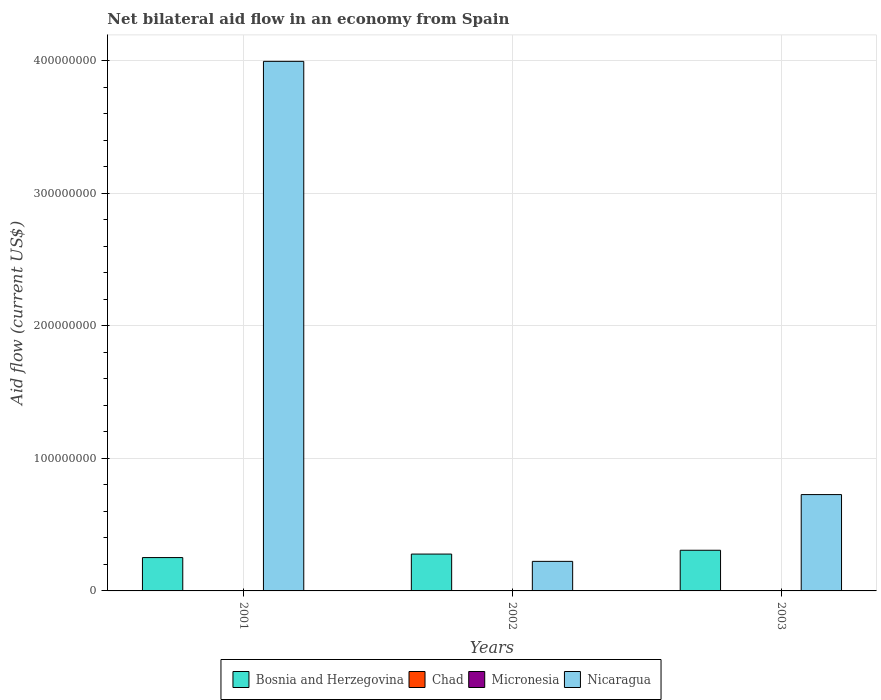
| Years | Bosnia and Herzegovina | Chad | Micronesia | Nicaragua |
 | --- | --- | --- | --- | --- |
 | 2001 | 2.52e+07 | 3e+04 | 4e+04 | 3.99e+08 |
 | 2002 | 2.78e+07 | -2.4e+05 | 1.5e+05 | 2.23e+07 |
 | 2003 | 3.07e+07 | -2.1e+05 | 1e+05 | 7.27e+07 |